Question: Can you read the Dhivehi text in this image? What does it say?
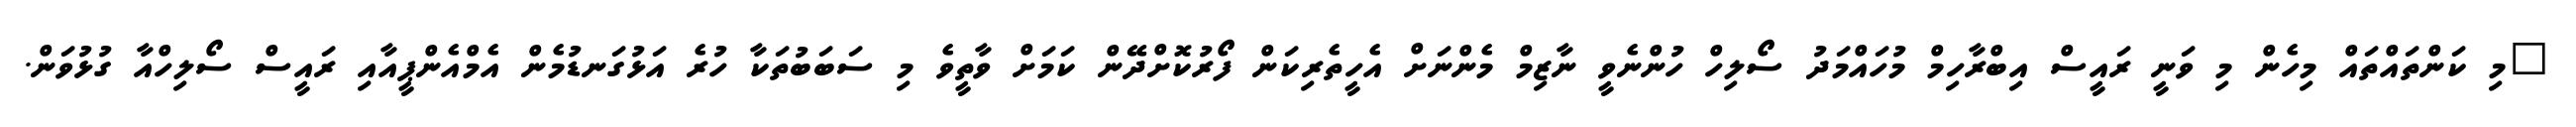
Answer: "މި ކަންތައްތައް މިހެން މި ވަނީ ރައީސް އިބްރާހިމް މުހައްމަދު ސޯލިހް ހުންނެވީ ނާޒިމް މެންނަށް އެހީތެރިކަން ފޯރުކޮށްދޭން ކަމަށް ވާތީވެ މި ސަބަބުތަކާ ހުރެ އަޅުގަނޑުމެން އެމްއެންޕީއާއި ރައީސް ސޯލިހްއާ ގުޅުވަން.